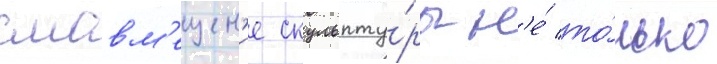
смовм'ещен'ие скульпту́ры н'е́ то́лько